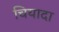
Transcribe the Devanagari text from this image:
चियादा